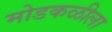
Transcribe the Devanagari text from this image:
मोडकळीला